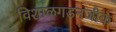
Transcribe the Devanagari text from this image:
विशाळगडनजीक